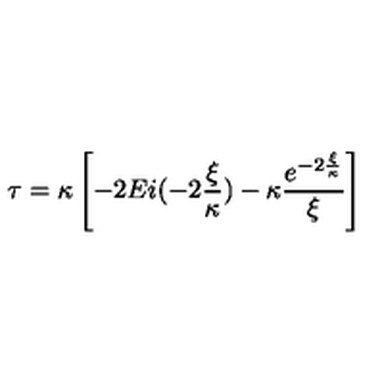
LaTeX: \tau = \kappa \left[ - 2 E i ( - 2 \frac { \xi } { \kappa } ) - \kappa \frac { e ^ { - 2 \frac { \xi } { \kappa } } } { \xi } \right]